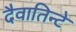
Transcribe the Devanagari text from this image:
दैवातिन्टे